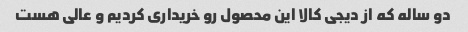
دو ساله که از دیجی کالا این محصول رو خریداری کردیم و عالی هست